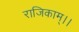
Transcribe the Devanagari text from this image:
राजिकाम्।।